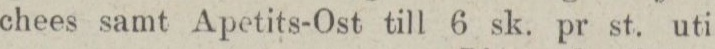
chees samt Apetits-Ost till 6 sk. pr st. uti